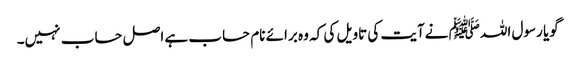
گویا رسول اللہﷺ نےآیت کی تاویل کی کہ وہ برائے نام حساب ہے اصل حساب نہیں۔